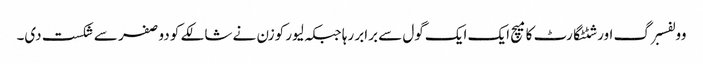
وولفسبرگ اور شٹٹگارٹ کا میچ ایک ایک گول سے برابر رہا جبکہ لیور کوزن نے شالکے کو دو صفر سے شکست دی۔